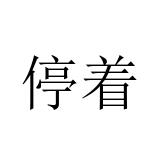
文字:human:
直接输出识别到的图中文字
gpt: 停着